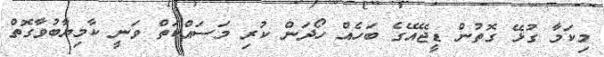
މިކަމާ ގުޅޭ ގޮތުން ޑީޖޭއޭގެ ބަހެއް ހޯދަން ކުރި މަސައްކަތް ވަނީ ކާމިޔާބުވާގޮތް